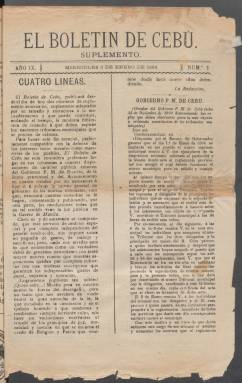
Título: El Boletín de Cebú. Suplemento
Colección: Periódicos
Ámbito geográfico: Filipinas
Lugar de publicación: Cebú
Fechas: 03/01/1894-24/09/1896